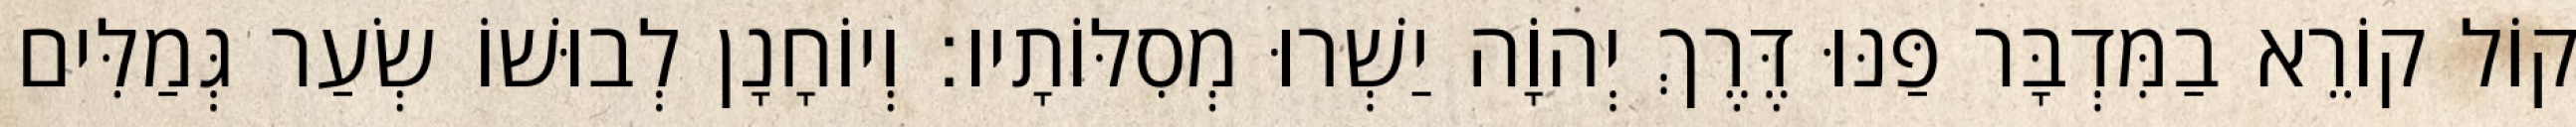
קוֹל קוֹרֵא בַמִּדְבָּר פַּנּוּ דֶּרֶךְ יְהוָֹה יַשְׁרוּ מְסִלּוֹתָיו׃ וְיוֹחָנָן לְבוּשׁוֹ שְׂעַר גְּמַלִּים